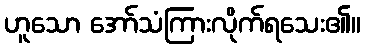
ဟူသော အော်သံကြားလိုက်ရသေး၏။